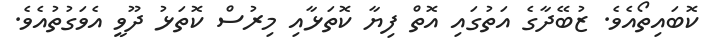
ކޮބައިތޯއެވެ. ޒުބޭދާގެ އަތުގައި އޮތް ފިޔާ ކޮތަޅާއި މިރުސް ކޮތަޅު ދޫވީ އެވަގުތުއެވެ.